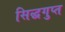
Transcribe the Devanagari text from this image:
सिद्धगुप्त